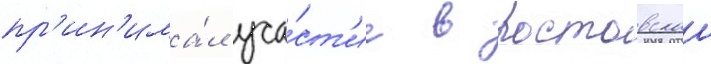
пр'ин'има́л уча́ст'ие в ростовскои